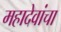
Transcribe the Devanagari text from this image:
महादेवांचा